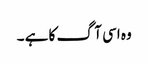
وہ اسی آگ کا ہے ۔